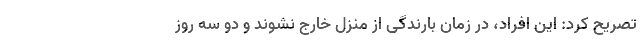
تصریح کرد: این افراد، در زمان بارندگی از منزل خارج نشوند و دو سه روز